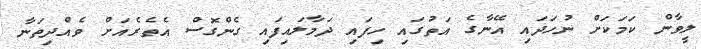
ލީވާން ކަމަކަށް ނުހަދައި އޭނާގެ އަތުގައި ހިފައި ދަމާލައިފައި ގެންގޮސް އެތެރެއަށް ވެއްދިތަނާ